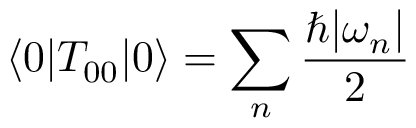
\langle 0 | T _ { 0 0 } | 0 \rangle = \sum _ { n } { \frac { \hbar | \omega _ { n } | } { 2 } }